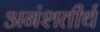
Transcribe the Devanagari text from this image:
अनंशतीर्थ